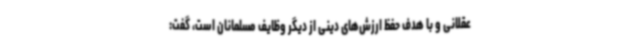
عقلانی و با هدف حفظ ارزش‌های دینی از دیگر وظایف مسلمانان است، گفت: